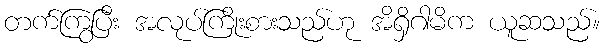
တက်ကြွပြီး အလုပ်ကြိုးစားသည်ဟု အိရှိဂါမိက ယူဆသည်။